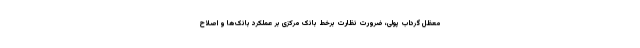
معظل گرداب پولی، ضرورت نظارت برخط بانک مرکزی بر عملکرد بانک‌ها و اصلاح